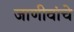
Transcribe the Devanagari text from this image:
जाणीवांचे